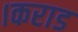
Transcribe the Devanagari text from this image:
।कराड